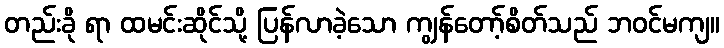
တည်းခို ရာ ထမင်းဆိုင်သို့ ပြန်လာခဲ့သော ကျွန်တော့်စိတ်သည် ဘဝင်မကျ။